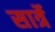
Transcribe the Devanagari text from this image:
सार्त्रे